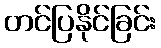
တင်ပြနိုင်ခြင်း